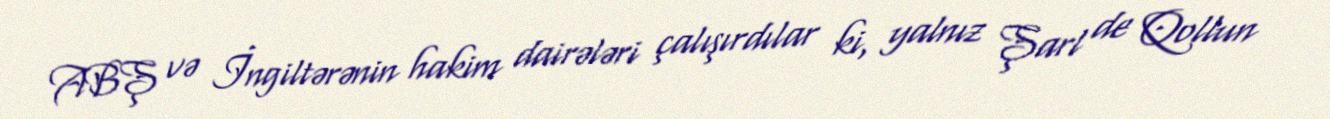
ABŞ və İngiltərənin hakim dairələri çalışırdılar ki, yalnız Şarl de Qollun